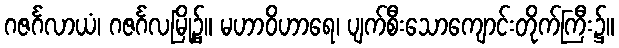
ဂဇင်္ဂလာယံ၊ ဂဇင်္ဂလမြို့၌။ မဟာဝိဟာရေ၊ ပျက်စီးသောကျောင်းတိုက်ကြီး၌။